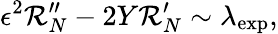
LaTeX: \epsilon^{2}\mathcal{R}_{N}^{\prime\prime}-2Y\mathcal{R}_{N}^{\prime}\sim\lambda_{\mathrm{exp}},